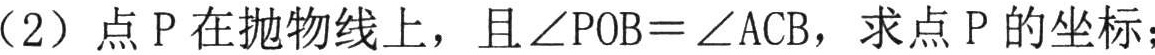
（2）点\(P\)在抛物线上，且\(\angle POB = \angle ACB\)，求点\(P\)的坐标；